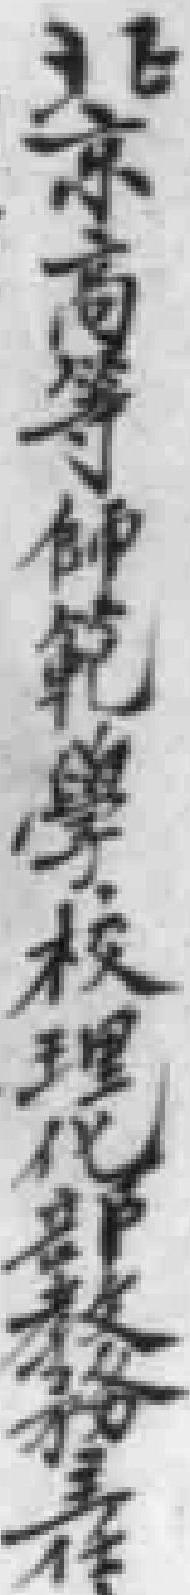
北京高等師範學校理化部教務主任